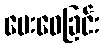
ပေးဝေခြင်း